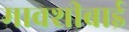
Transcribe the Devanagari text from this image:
मावशीबाई